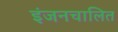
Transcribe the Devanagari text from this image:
इंजनचालित